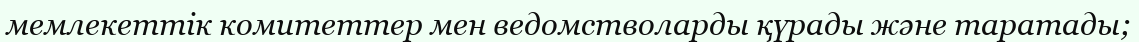
мемлекеттік комитеттер мен ведомстволарды қүрады және таратады;